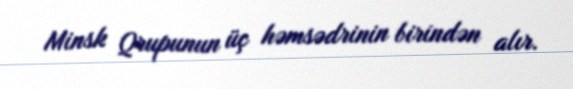
Minsk Qrupunun üç həmsədrinin birindən alır.